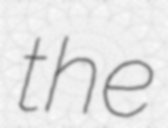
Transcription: the